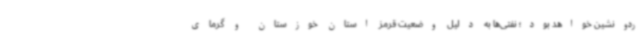
ردونشین خواهد بود؛ نفتی‌ها به دلیل وضعیت قرمز استان خوزستان و گرمای